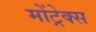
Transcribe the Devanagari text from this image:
मोंट्रेक्स